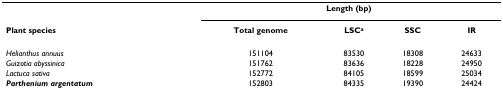
|  | <COLSPAN=4> Length (bp) |
 | Plant species | Total genome | LSCa | SSC | IR |
 | --- | --- | --- | --- | --- |
 | Helianthus annuus | 151104 | 83530 | 18308 | 24633 |
 | Guizotia abyssinica | 151762 | 83636 | 18228 | 24950 |
 | Lactuca sativa | 152772 | 84105 | 18599 | 25034 |
 | Parthenium argentatum | 152803 | 84335 | 19390 | 24424 |